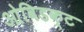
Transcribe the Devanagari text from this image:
ओविडक्ट